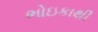
ભોઇકાથી